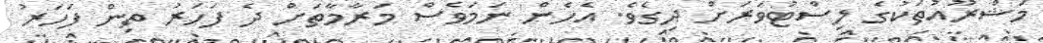
މަޝްރޫއުތަކުގެ ލިސްޓުވަރަށް ދިގެވެ. އެހެން ނަމަވެސް މަރާމާތަށް ދެ ފަހަރު ތިން ފަހަރު